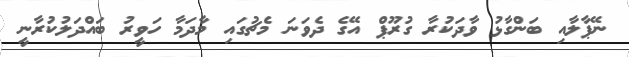
ނޭޕާލާއި ބަންގާޅު ވާދަކުރާ ގުރޫޕް އޭގެ ދެވަނަ މެޗުގައި މާދަމާ ހަވީރު ބައްދަލުކުރާނީ